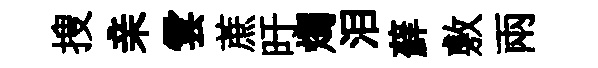
搜亲雲蔗旴燭泪蘚敷兩